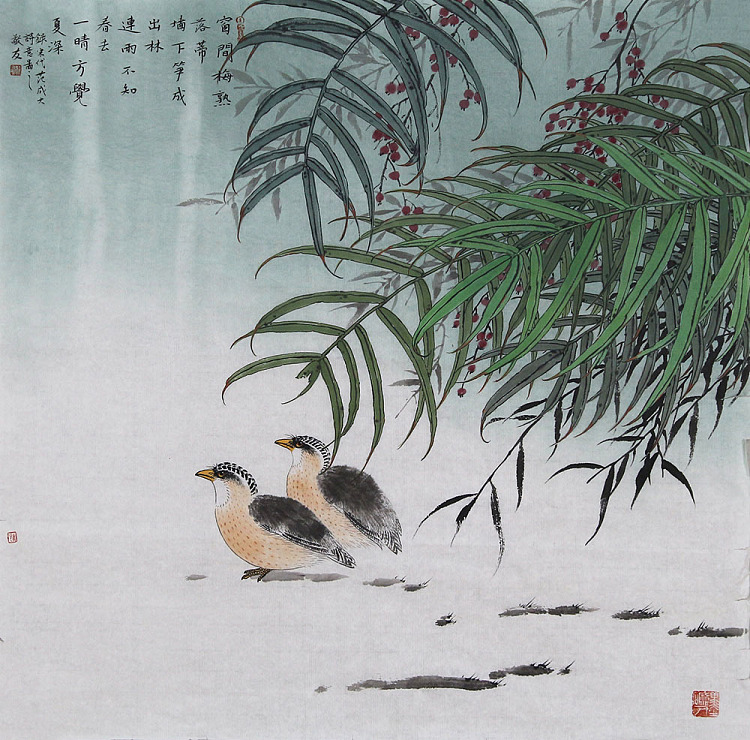
连雨不知春去，一晴方觉夏深。